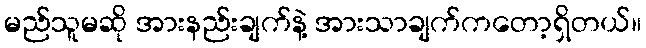
မည်သူမဆို အားနည်းချက်နဲ့ အားသာချက်ကတော့ရှိတယ်။